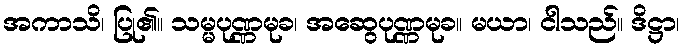
အကာသိ၊ ပြု၏။ သမ္မပုဏ္ဏမုခ၊ အဆွေပုဏ္ဏမုခ။ မယာ၊ ငါသည်။ ဒိဋ္ဌာ၊